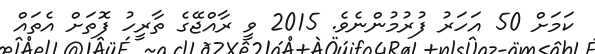
ކަމަށް 50 އަހަރު ފުރުމުންނެވެ. 2015 ވީ ރާއްޖޭގެ ތާރީހު ފޮތަށް އެތައް